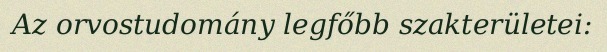
Az orvostudomány legfőbb szakterületei: